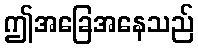
ဤအခြေအနေသည်